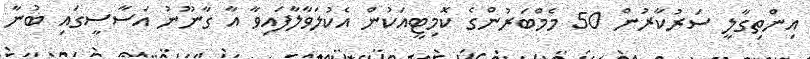
އިންތިގާލީ ސަރުކާރުން 50 މެމްބަރުންގެ ކޮމިޓީއަކުން އެކުލަވާލާފައިވާ އާ ގާނޫނު އަސާސީގައި ބުނާ